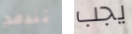
تندمج يجب